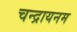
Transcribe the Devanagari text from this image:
चन्द्रायनम